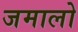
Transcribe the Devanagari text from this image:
जमालो